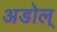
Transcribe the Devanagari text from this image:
अडोल्